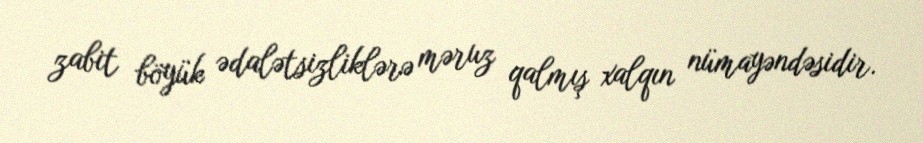
zabit böyük ədalətsizliklərə məruz qalmış xalqın nümayəndəsidir.